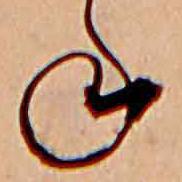
ね